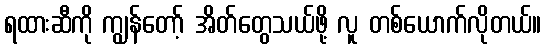
ရထားဆီကို ကျွန်တော့် အိတ်တွေသယ်ဖို့ လူ တစ်ယောက်လိုတယ်။